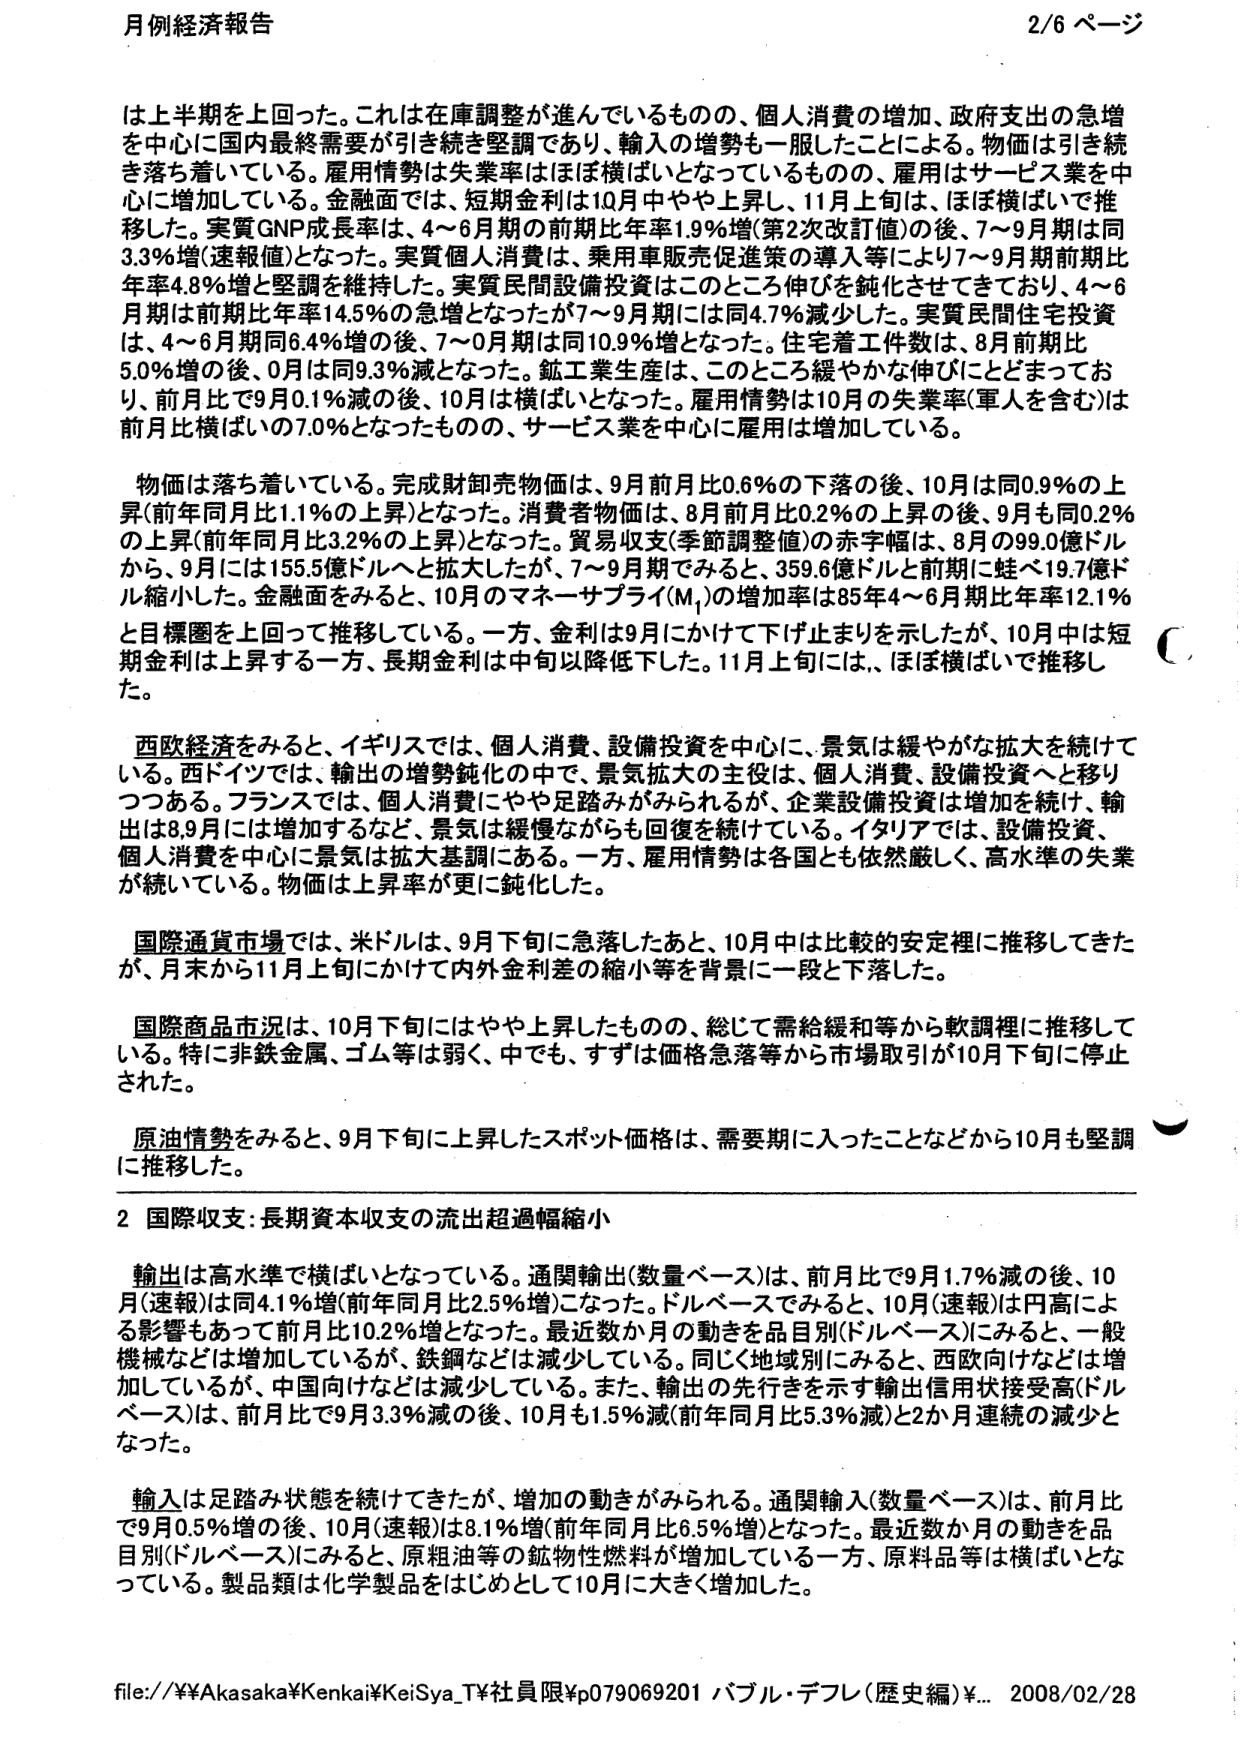
月例経済報告 2/6 ページ

は上半期を上回った。これは在庫調整が進んでいるものの、個人消費の増加、政府支出の急増を中心に国内最終需要が引き続き堅調であり、輸入の増勢も一服したことによる。物価は引き続き落ち着いている。雇用情勢は失業率はほぼ横ばいとなっているものの、雇用はサービス業を中心に増加している。金融面では、短期金利は10月中やや上昇し、11月上旬は、ほぼ横ばいで推移した。実質GNP成長率は、4～6月期の前期比年率1.9％増（第2次改訂値）の後、7～9月期は同3.3％増（速報値）となった。実質個人消費は、乗用車販売促進策の導入等により7～9月期前期比年率4.8％増と堅調を維持した。実質民間設備投資はこのところ伸びを鈍化させてきており、4～6月期は前期比年率14.5％の増となったが7～9月期には同4.7％減少しした。実質民間住宅投資は、4～6月期同6.4％増の後、7～9月期は同10.9％増となった。住宅着工件数は、8月前期比5.0％増の後、9月は同9.3％減となった。鉱工業生産は、このところ緩やかな伸びにとどまっており、前月比で9月0.1％減の後、10月は横ばいとなった。雇用情勢は10月の失業率（軍人を含む）は前月比横ばいの7.0％となったものの、サービス業を中心に雇用は増加している。

物価は落ち着いている。完成財卸売物価は、9月前月比0.6％の下落の後、10月は同0.9％の上昇（前年同月比1.1％の上昇）となった。消費者物価は、8月前月比0.2％の上昇の後、9月も同0.2％の上昇（前年同月比3.2％の上昇）となった。貿易収支（季節調整値）の赤字幅は、8月の99.0億ドルから、9月には155.5億ドルへと拡大したが、7～9月期でみると、359.6億ドルと前期に比べ19.7億ドル縮小した。金融面をみると、10月のマネーサプライ（M₁）の増加率は85年4～6月期比年率12.1％と目標圏を上回って推移している。一方、金利は9月にかけて下げ止まりを示したが、10月中は短期金利は上昇する一方、長期金利は中旬以降低下した。11月上旬には、ほぼ横ばいで推移した。

西欧経済をみると、イギリスでは、個人消費、設備投資を中心に、景気は緩やかな拡大を続けている。西ドイツでは、輸出の増勢鈍化の中で、景気拡大の主役は、個人消費、設備投資へと移りつつある。フランスでは、個人消費にやや足踏みがみられるが、企業設備投資は増加を続け、輸出は8,9月には増加するなど、景気は緩慢ながらも回復を続けている。イタリアでは、設備投資、個人消費を中心に景気は拡大基調にある。一方、雇用情勢は各国とも依然厳しく、高水準の失業が続いている。物価は上昇率が更に鈍化した。

国際通貨市場では、米ドルは、9月下旬に急落したあと、10月中は比較的安定裡に推移してきたが、月末から11月上旬にかけて内外金利差の縮小等を背景に一段と下落した。

国際商品市況は、10月下旬にはやや上昇したものの、総じて需給緩和等から軟調裡に推移している。特に非鉄金属、ゴム等は弱く、中でも、まずは価格急落等から市場取引が10月下旬に停止された。

原油情勢をみると、9月下旬に上昇したスポット価格は、需要期に入ったことなどから10月も堅調に推移した。

2 国際収支：長期資本収支の流出超過幅縮小

輸出は高水準で横ばいとなっている。通関輸出（数量ベース）は、前月比で9月1.7％減の後、10月（速報）は同4.1％増（前年同月比2.5％増）になった。ドルベースでみると、10月（速報）は円高による影響もあって前月比10.2％増となった。最近数か月の動きを品目別（ドルベース）にみると、一般機械などは増加しているが、鉄鋼などは減少している。同じく地域別にみると、西欧向けなどは増加しているが、中国向けなどは減少している。また、輸出の先行きを示す輸出信用状接受高（ドルベース）は、前月比で9月3.3％減の後、10月も1.5％減（前年同月比5.3％減）と2か月連続の減少となった。

輸入は足踏み状態を続けてきたが、増加の動きがみられる。通関輸入（数量ベース）は、前月比で9月0.5％増の後、10月（速報）は8.1％増（前年同月比6.5％増）となった。最近数か月の動きを品目別（ドルベース）にみると、原粗油等の鉱物性燃料が増加している一方、原料品等は横ばいとなっている。製品類は化学製品をはじめとして10月に大きく増加した。

file://¥¥Akasaka¥Kenkai¥KeiSya_T¥社員限¥p079069201 バブル・デフレ（歴史編）¥... 2008/02/28